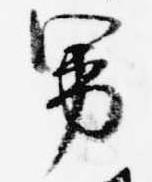
男